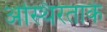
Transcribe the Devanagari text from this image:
अस्थिरताके